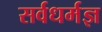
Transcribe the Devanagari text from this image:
सर्वधर्मज्ञ